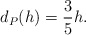
\begin{align*} \begin{aligned} d_P(h)=\frac{3}{5}h. \end{aligned} \end{align*}